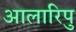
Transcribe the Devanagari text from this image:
आलारिपु